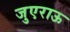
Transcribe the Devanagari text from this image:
जुएराऊ